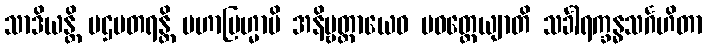
သာဒိယန္တိ ပဌမတရန္တိ မဟာဗြဟ္မာပိ အနိဗ္ဗတ္တာယေဝ ပဝတ္တေယျာတိ သင်္ခါရက္ခန္ဓသင်္ဂဟိတာ